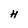
Character: H